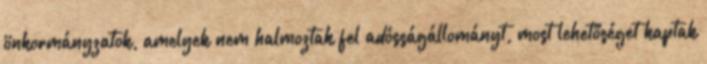
önkormányzatok, amelyek nem halmoztak fel adósságállományt, most lehetőséget kaptak